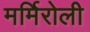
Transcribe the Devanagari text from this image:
मर्मिरोली